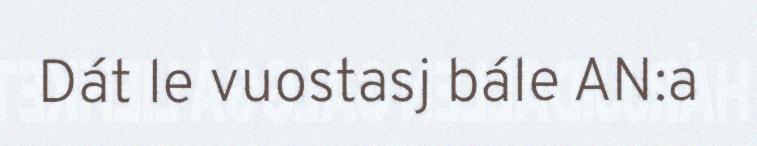
Dát le vuostasj bále AN:a